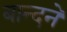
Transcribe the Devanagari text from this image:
बान्दने